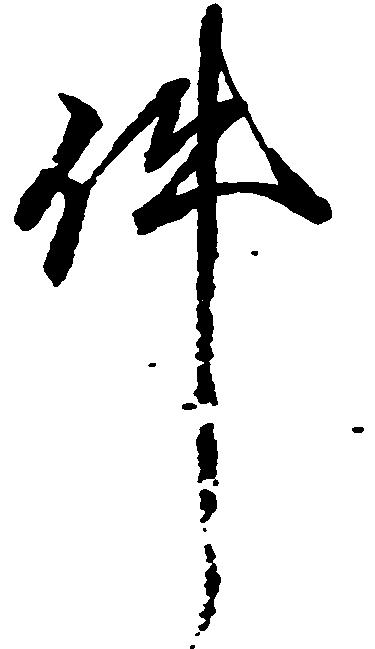
件